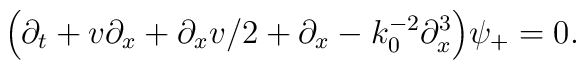
\Bigl(\partial_t + v \partial_x + \partial_x v/2 + \partial_x- k_0^{-2}\partial^{3}_x\Bigr) \psi_{+} = 0.